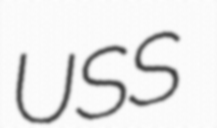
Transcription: USS